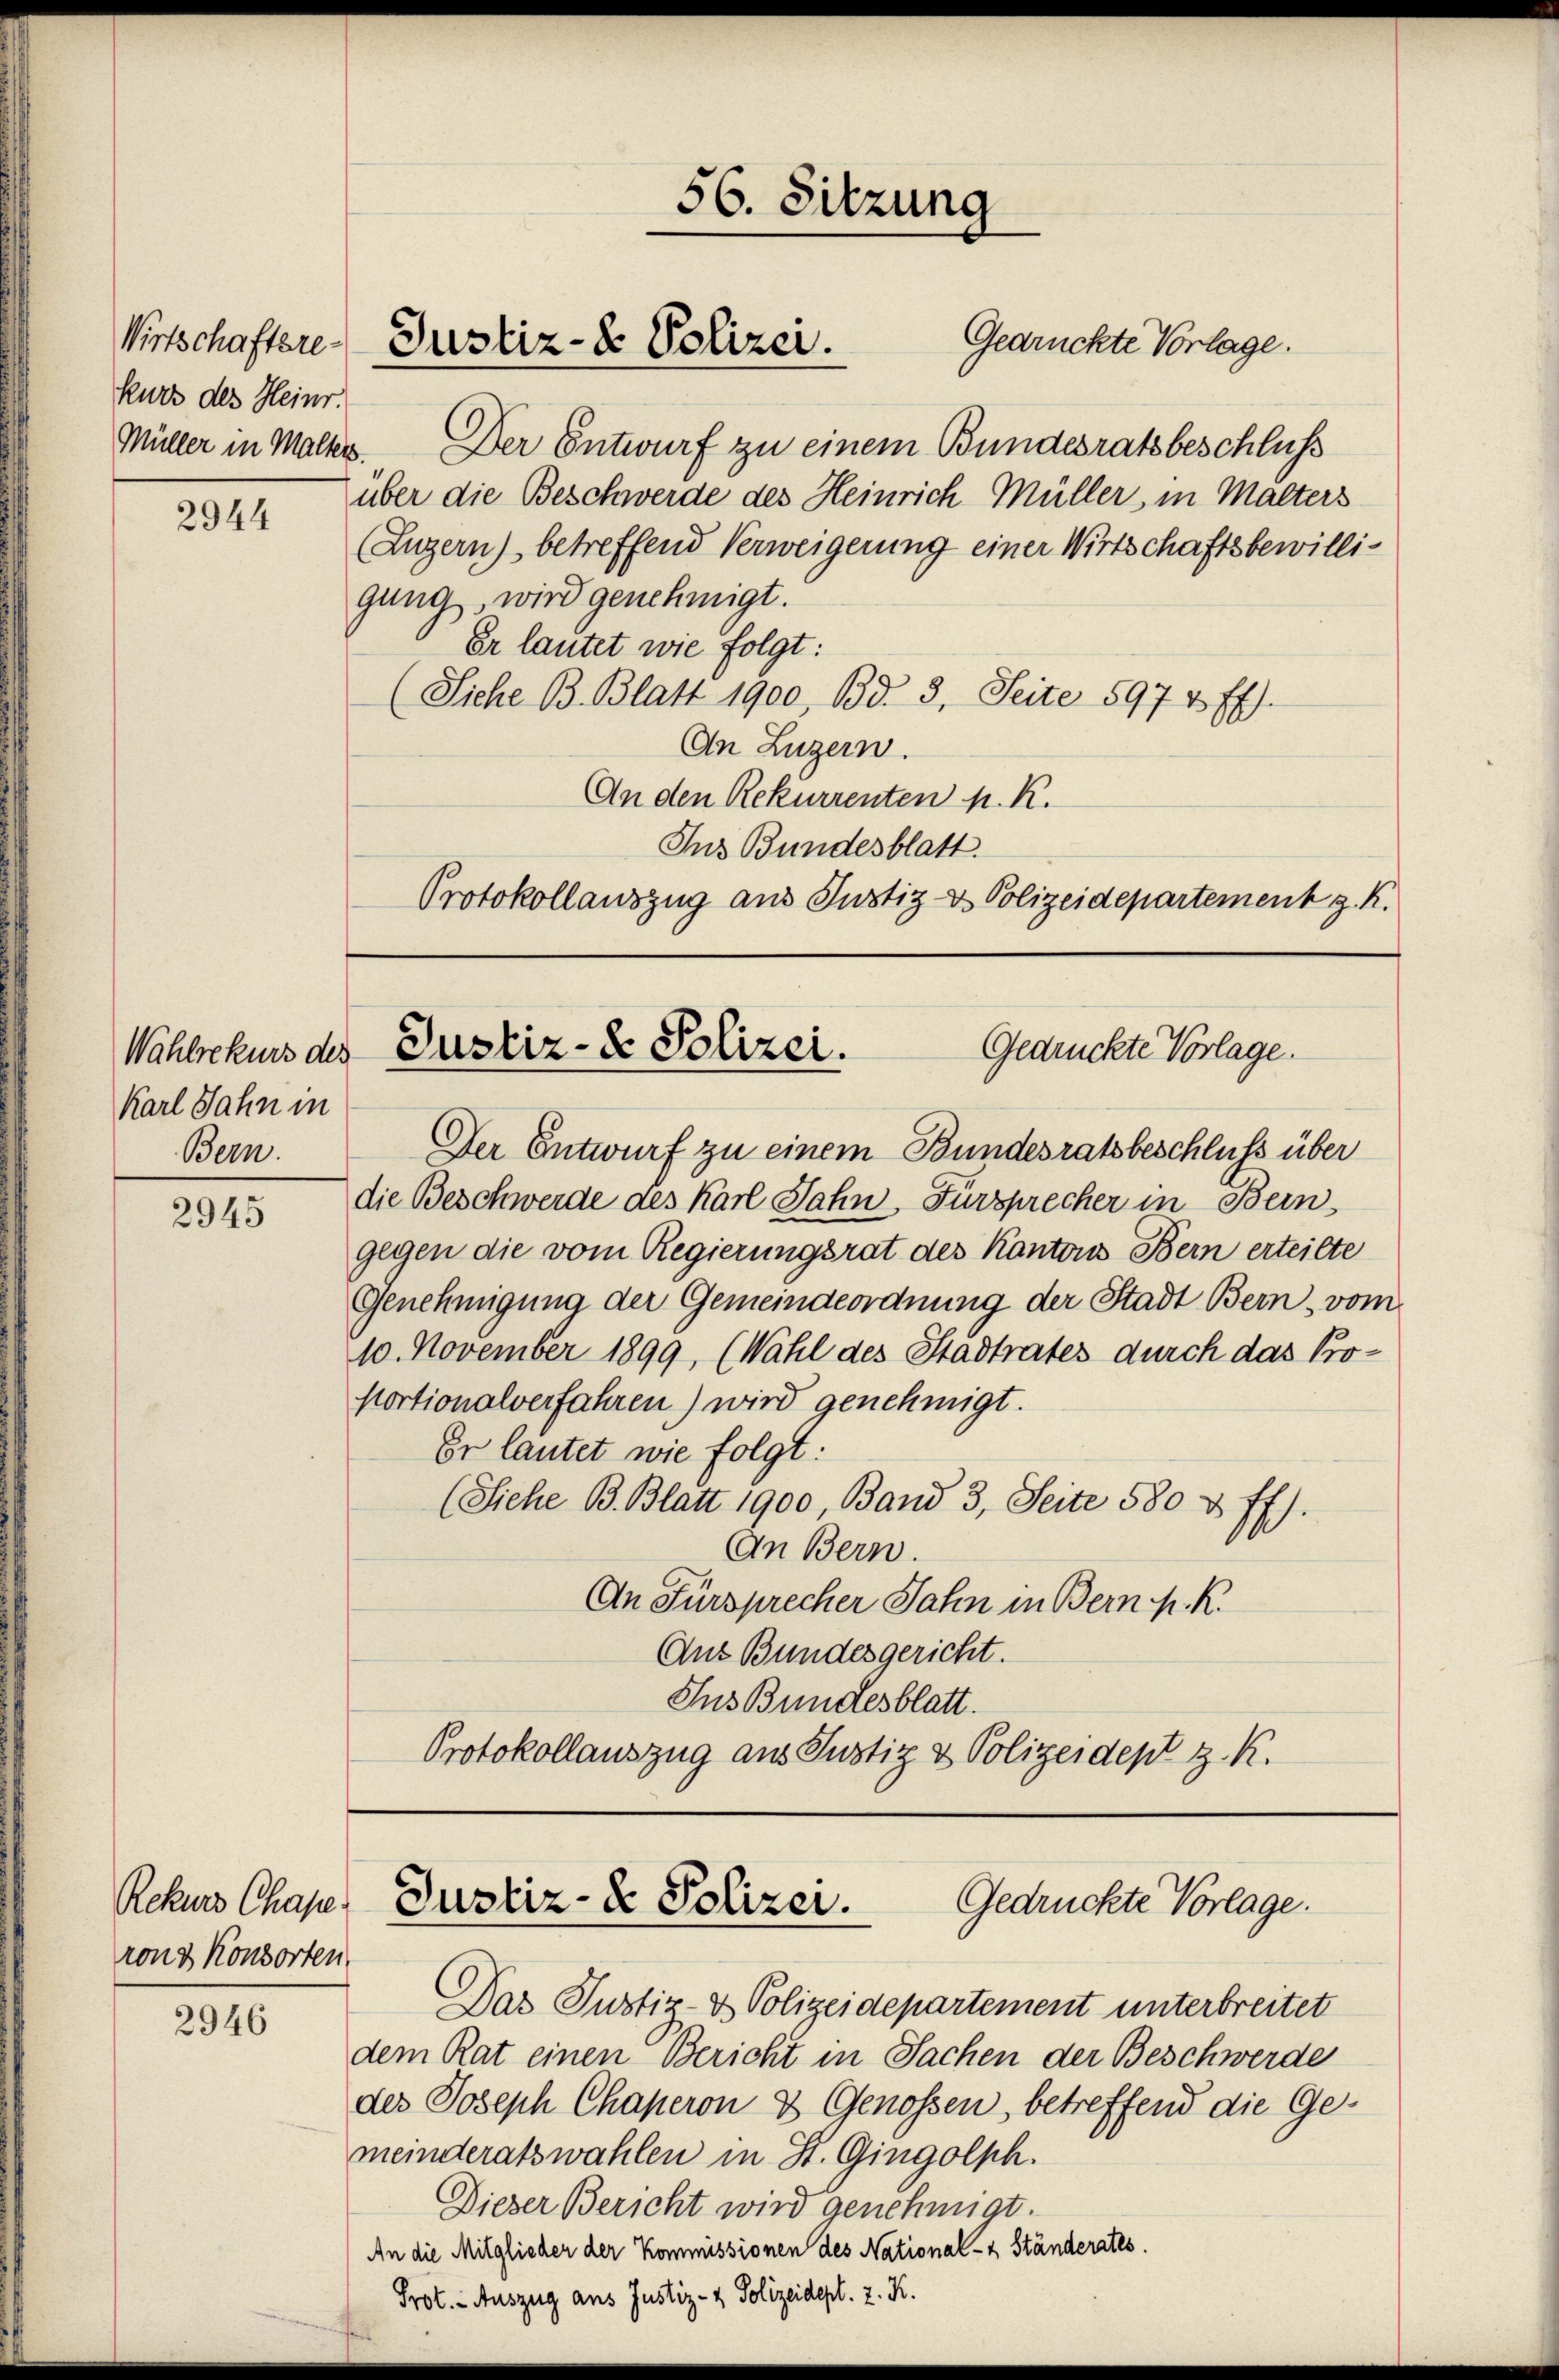
kurs des Heinr.
Müller in Malters.

2944

Karl Jahn in
Bern.

2945

Rekurs Chape
rons Konsorten

2946

Gedrückte Vorlage.
Der Entwurf zu einem Bundesrathsbeschluss
über die Beschwerde des Heinrich Müller, in Malters
(Luzern) betreffend Verweigerung einer Wirtschaftsbewilligung, wird genehmigt.
Er lautet wie folgt:
(Siche B. Blatt 1900, Bd. 3. Seite 597 & Ef).
An Luzern.
An den Rekurrenten p. K.
Ins Bundesblatt.
Protokollauszug aus Justiz- & Polizeidepartement z. K.

Der Entwurf zu einem Bundesratsbeschluss über
die Beschwerde des Karl Jahn, Fürsprecher in Bern,
gegen die vom Regierungsrat des Kantons Bern erteilte
Genehmigung der Gemeindeordnung der Stadt Bern vom
10. November 1899, (Wahl des Stadtrates durch das Pro¬
Portionalverfahren) wird genehmigt.
Er lautet wie folgt:
(Siehe B. Blatt 1900, Band 3. Seite 580 & ff).
An Bern.
An Fürsprecher Jahn in Bern K. K.
Aus Bundesgericht.
Ins Bundesblatt.
Protokollauszug aus Justiz & Polizeidept z. K.

Wirtschaften Justiz- & Polizei.

56. Sitzung

Gedrückte Vorlage.
Wahlrekurs des Justiz- & Polizei.

Gedrückte Vorlage.
Justiz- & Polizei.

Das Justiz- & Polizeidepartement unterbreitet
dem Rat einen Bericht in Sachen der Beschwerde
des Joseph Chaperon & Genossen, betreffend die Gemeinderatswahlen in St. Gingolph.
Dieser Bericht wird genehmigt.
An die Mitglieder der Kommissionen des National- & Ständerates.
Prot. - Auszug aus Justiz- & Polizeidept. 2. K.